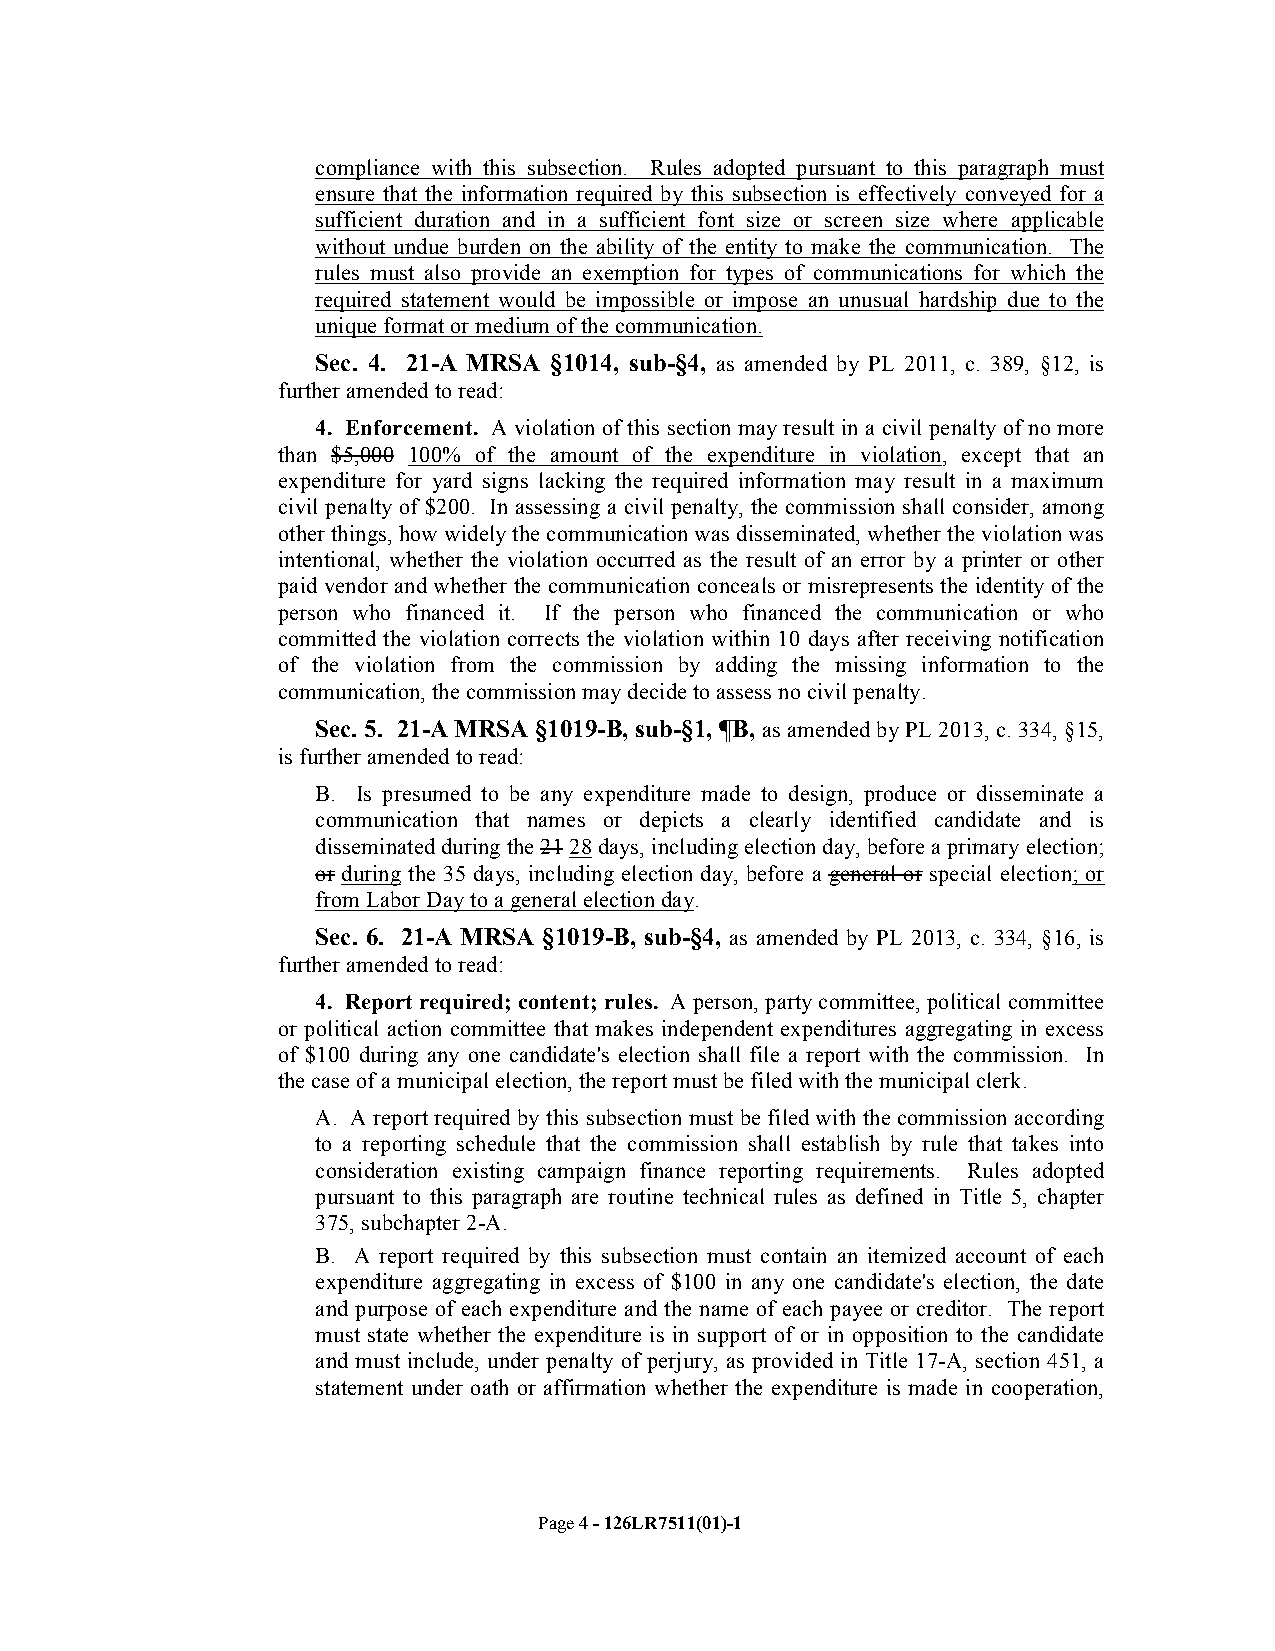
compliance with this subsection. Rules adopted pursuant to this paragraph must
 ensure that the information required by this subsection is effectively conveyed for a
 sufficient duration and in a sufficient font size or screen size where applicable
 without undue burden on the ability of the entity to make the communication. The
 rules must also provide an exemption for types of communications for which the
 required statement would be impossible or impose an unusual hardship due to the
 unique format or medium of the communication.
 Sec. 4. 21-A MRSA §1014, sub-§4, as amended by PL 2011, c. 389, §12, is
 further amended to read:
 4. Enforcement. A violation of this section may result in a civil penalty of no more
 than $5,000 100% of the amount of the expenditure in violation, except that an
 expenditure for yard signs lacking the required information may result in a maximum
 civil penalty of $200. In assessing a civil penalty, the commission shall consider, among
 other things, how widely the communication was disseminated, whether the violation was
 intentional, whether the violation occurred as the result of an error by a printer or other
 paid vendor and whether the communication conceals or misrepresents the identity of the
 person who financed it. If the person who financed the communication or who
 committed the violation corrects the violation within 10 days after receiving notification
 of the violation from the commission by adding the missing information to the
 communication, the commission may decide to assess no civil penalty.
 Sec. 5. 21-A MRSA §1019-B, sub-§1, ¶B, as amended by PL 2013, c. 334, §15,
 is further amended to read:
 B. Is presumed to be any expenditure made to design, produce or disseminate a
 communication that names or depicts a clearly identified candidate and is
 disseminated during the 21 28 days, including election day, before a primary election;
 or during the 35 days, including election day, before a general or special election; or
 from Labor Day to a general election day.
 Sec. 6. 21-A MRSA §1019-B, sub-§4, as amended by PL 2013, c. 334, §16, is
 further amended to read:
 4. Report required; content; rules. A person, party committee, political committee
 or political action committee that makes independent expenditures aggregating in excess
 of $100 during any one candidate's election shall file a report with the commission. In
 the case of a municipal election, the report must be filed with the municipal clerk.
 A. A report required by this subsection must be filed with the commission according
 to a reporting schedule that the commission shall establish by rule that takes into
 consideration existing campaign finance reporting requirements. Rules adopted
 pursuant to this paragraph are routine technical rules as defined in Title 5, chapter
 375, subchapter 2-A.
 B. A report required by this subsection must contain an itemized account of each
 expenditure aggregating in excess of $100 in any one candidate's election, the date
 and purpose of each expenditure and the name of each payee or creditor. The report
 must state whether the expenditure is in support of or in opposition to the candidate
 and must include, under penalty of perjury, as provided in Title 17-A, section 451, a
 statement under oath or affirmation whether the expenditure is made in cooperation,
 Page 4 - 126LR7511(01)-1